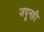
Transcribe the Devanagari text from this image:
जपूनही